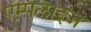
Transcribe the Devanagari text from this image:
एम्पलाइज